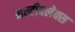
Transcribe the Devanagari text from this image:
मल्टीपलेक्स